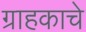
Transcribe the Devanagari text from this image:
ग्राहकाचे